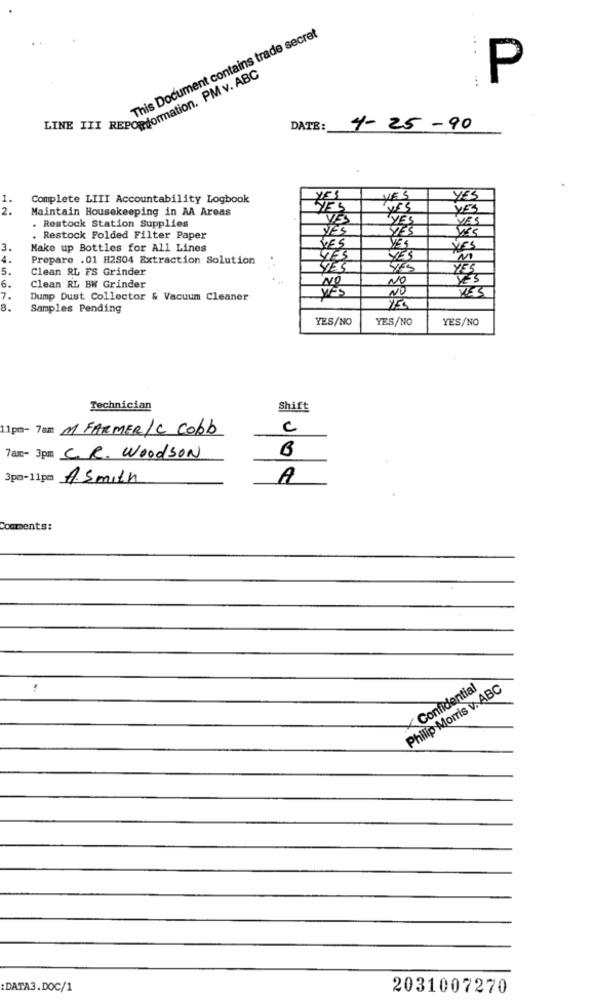
This Document contains trade secret
P
LINE III REPORformation. PM v. ABC
DATE:
4- 25-90
1.
Complete LITI Accountability Logbook
YES
YES
YES
2.
Maintain Housekeeping in AA Areas
YES
YES
VES
YES
YES
. Restock Station Supplies
YES
YES
. Restock Folded Filter Paper
YES
YES
3.
Make up Bottles for All Lines
YES
4.
Prepare . 01 H2S04 Extraction Solution
YES
YES
5.
Clean RL FS Grinder
YES
YES
6.
NO
NO
YES
Clean RL BW Grinder
NO
7.
Dump Dust Collector & Vacuum Cleaner
YES
B.
Samples Pending
YES/NO
YES/NO
YES/NO
Technician
Shift
11 pm- 7am M FARMER/C Cobb
C
B
7am- 3pm CR. Woodson
3pm-11pm A.Smith
A
Comments:
Philip Morris v. ABC
< Confidential
:DATA3.DOC/1
2031007270